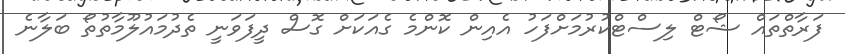
ފަރާތްތައް ޝޯޓް ލިސްޓްކުރުމަށްފަހު އެއިން ކޮންމެ ގެއަކަށް ގޮސް ދީފަވަނީ ތެދުމައުލޫމާތުތޯ ބަލާނެ